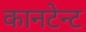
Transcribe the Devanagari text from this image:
कानटेन्‍ट